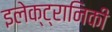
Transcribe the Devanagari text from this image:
इलेक्‍ट्रानिकी